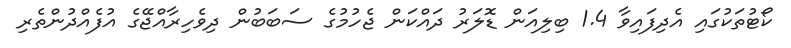
ކޯޓުތަކުގައި އެދިފައިވާ 1.4 ބިލިއަން ޑޮލަރު ދައްކަން ޖެހުމުގެ ސަބަބުން ދިވެހިރާއްޖޭގެ އުފެއްދުންތެރި